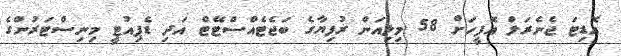
އޮޑިޓަ ޖެނެރަލް އޮފީހަށް 58 މިލިއަން ރުފިޔާގެ ބަޖެޓެއްސްޓޭޓް އަދި ޑެޕިއުޓީ މިނިސްޓަރުންގެ